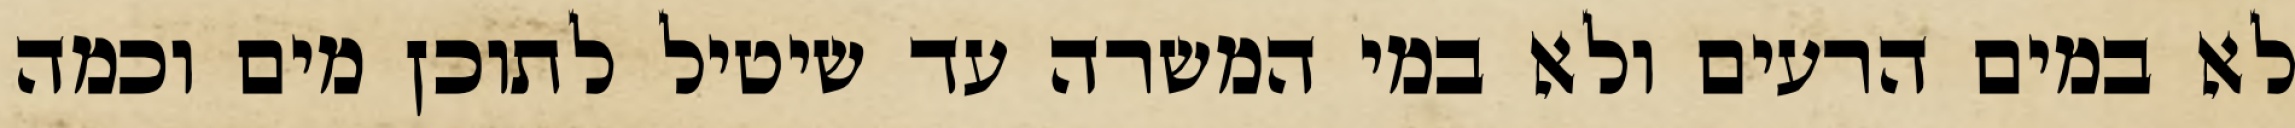
לא במים הרעים ולא במי המשרה עד שיטיל לתוכן מים וכמה